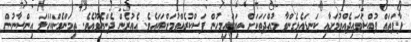
ފާފަތައް ފުއްސަވައިދެއްވުމަށާއި ކަނޑައެޅިގެންވާ މުއްދަތަކަށް ތިޔަބައިމީހުން ފަސްކުރެއްވުމަށްޓަކައެވެ. އެއުރެން ދެންނެވޫއެވެ. ތިމަންމެންކަހަލަ އިންސާނުން